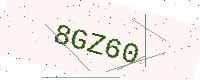
Text: 8GZ60